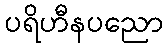
ပရိဟီနပညော